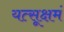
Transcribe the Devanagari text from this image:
यत्सूक्षमं